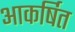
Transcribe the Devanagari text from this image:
आकर्षित